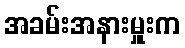
အခမ်းအနားမှူးက